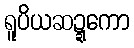
ရူပိယဆဍ္ဍကော